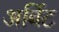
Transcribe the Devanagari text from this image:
अर्बिट